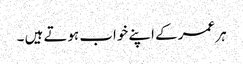
ہر عمر کے اپنے خواب ہوتے ہیں ۔